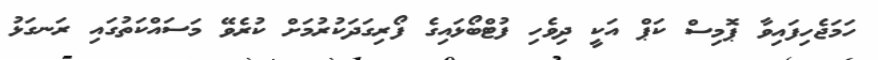
ހަމަޖެހިފައިވާ ޕޮމިސް ކަޕް އަކީ ދިވެހި ފުޓްބޯޅައިގެ ފޯރިގަދަކުރުމަށް ކުރެވޭ މަސައްކަތުގައި ރަނގަޅު